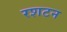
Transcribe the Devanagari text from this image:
रशटन